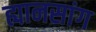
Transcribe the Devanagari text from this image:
ह्यानसांग